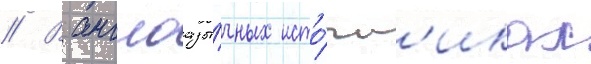
// В англоазы́чных исто́чн'иках